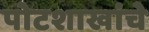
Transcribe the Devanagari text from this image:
पोटशाखांचे